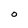
Character: 0